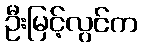
ဦးမြင့်လွင်က